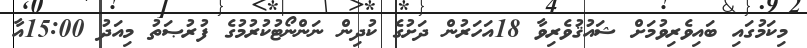
މިކަމުގައި ބައިވެރިވުމަށް ޝައުޤުވެރިވާ 18އަހަރުން ދަށުގެ ކުދިން ނަންނޯޓުކުރުމުގެ ފުރުޞަތު މިއަދު 15:00އާ